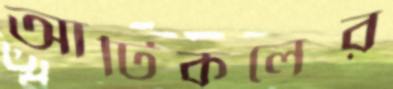
আর্টিকলের